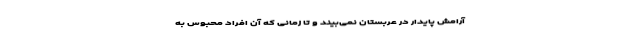
آرامش پایدار در عربستان نمی‌بیند و تا زمانی که آن افراد محبوس به